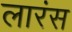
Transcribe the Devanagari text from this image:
लारंस